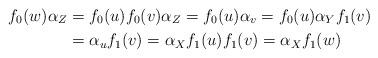
LaTeX: \begin{align*} f_0(w)\alpha_Z & = f_0(u)f_0(v)\alpha_Z = f_0(u)\alpha_v = f_0(u)\alpha_Y f_1(v)\\ & = \alpha_u f_1(v) = \alpha_X f_1(u) f_1(v) = \alpha_X f_1(w) \end{align*}